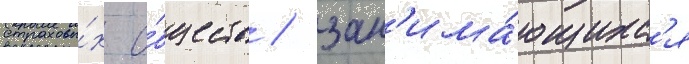
страховы́х о́бществ / зан'има́ющихс'я